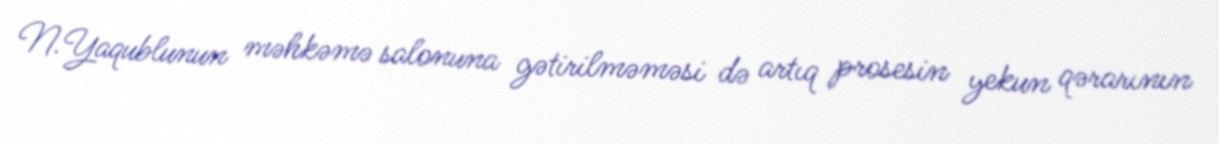
N.Yaqublunun məhkəmə salonuna gətirilməməsi də artıq prosesin yekun qərarının